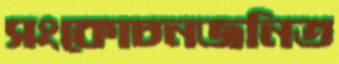
সংকোচনজনিত